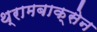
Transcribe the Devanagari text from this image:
थ्रामबाक्सेन